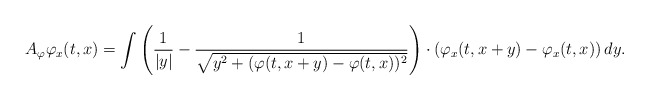
\begin{align*}A_\varphi \varphi_x(t, x) = \int \left(\frac{1}{|y|} - \frac{1}{\sqrt{y^2+(\varphi(t,x+y)-\varphi(t,x))^2}}\right)\cdot (\varphi_x(t,x + y) - \varphi_x(t,x)) \,dy.\end{align*}